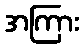
အကြား